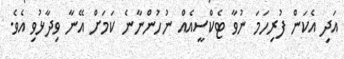
އަދި އެކަން ފުރިހަމަ ނުވާ ޓެކްސީއެއް ނުހުންނާނެ ކަމަށް އޭނާ ވިދާޅުވި އެވެ.